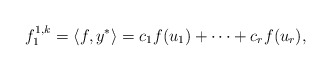
\begin{align*}f_1^{1,k} = \langle f, y^* \rangle =c_1 f(u_1) + \cdots + c_r f(u_r),\end{align*}